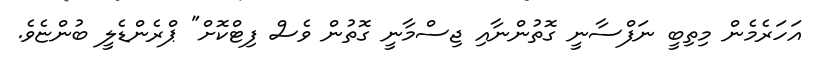
އަހަރެމެން މިތިބީ ނަފްސާނީ ގޮތުންނާއި ޖިސްމާނީ ގޮތުން ވެސް ފިޓްކޮށް" ޕްރެންޑެލީ ބުންޏެވެ.